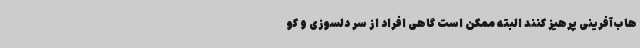
هاب‌آفرینی پرهیز کنند البته ممکن است گاهی افراد از سر دلسوزی و کو